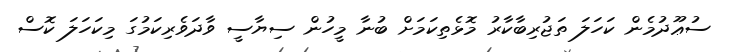
ސުޢޫދުމެން ކަހަލަ ތަޖުރިބާކާރު މޮޅެތިކަމަށް ބުނާ މީހުން ސިޔާސީ ވާދަވެރިކަމުގަ މިކަހަލަ ކޮސް